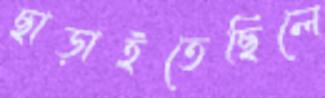
ছাড়াইতেছিলে